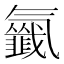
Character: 𣱰